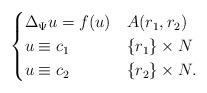
LaTeX: \begin{align*}\begin{cases} \Delta_\Psi u = f (u) & A(r_{1},r_{2}) \\ u \equiv c_{1} & \{ r_{1} \}\times N \\ u \equiv c_{2} &\{r_{2}\} \times N.\end{cases}\end{align*}